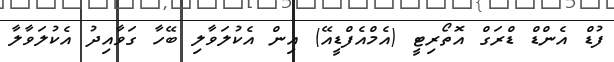
ފުޑް އެންޑް ޑްރަގް އޮތޯރިޓީ (އެމްއެފްޑީއޭ) އިން އެކުލަވާލި ބޭހާ ގަވާއިދު އެކުލަވާލާ